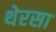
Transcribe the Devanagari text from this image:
थेरसा